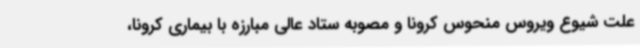
علت شیوع ویروس منحوس کرونا و مصوبه ستاد عالی مبارزه با بیماری کرونا،